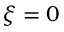
\xi = 0